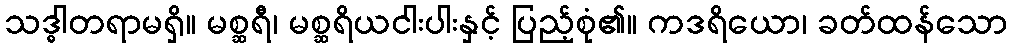
သဒ္ဓါတရာမရှိ။ မစ္ဆရီ၊ မစ္ဆရိယငါးပါးနှင့် ပြည့်စုံ၏။ ကဒရိယော၊ ခတ်ထန်သော